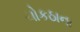
ચોકઠાના